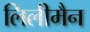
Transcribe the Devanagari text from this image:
लिलीमैन